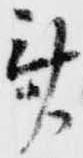
斎